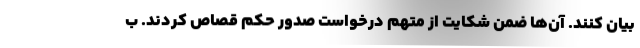
بیان کنند. آن‌ها ضمن شکایت از متهم درخواست صدور حکم قصاص کردند. ب